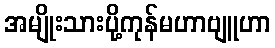
အမျိုးသားပို့ကုန်မဟာဗျူဟာ